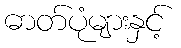
ဓာတ်ပုံများနှင့်